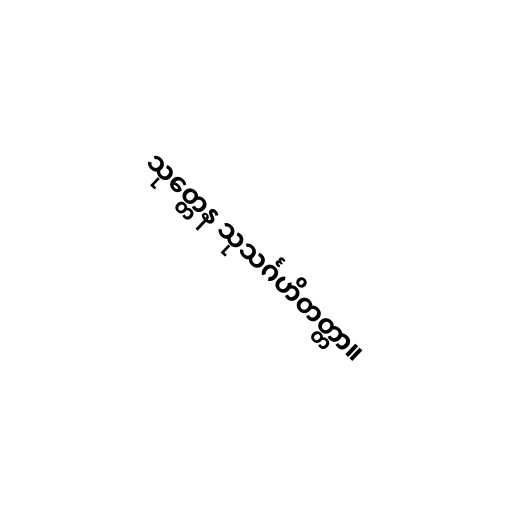
သုတ္တေန သုသင်္ဂဟိတတ္တာ။